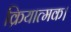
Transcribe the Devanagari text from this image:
क्रियात्मक।